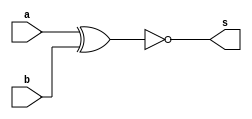
// ------------------------- 
// Exemplo0022  FULL ADDER
// Nome: Felipe Ferreira Andrade do Carmo
// ------------------------- 

// -------------------------
//  Igualdade
// ------------------------- 
module Igualdade (output s, input a, input b);

xnor(s,a,b);

endmodule // igualdade
 
module teste_Igualdade;
// ------------------------- definir dados 
      reg [5:0] x; 
      reg [5:0] y;
      wire igualdadeFinal;

      
      Igualdade i1 (igualdade1,x[0],y[0]);
      Igualdade i2 (igualdade2,x[1],y[1]);
      Igualdade i3 (igualdade3,x[2],y[2]);
      Igualdade i4 (igualdade4,x[3],y[3]);
      Igualdade i5 (igualdade5,x[4],y[4]);
      Igualdade i6 (igualdade6,x[5],y[5]);

      and (igualdadeFinal,igualdade1,igualdade2,igualdade3,igualdade4,igualdade5,igualdade6);

// ------------------------- parte principal 
 initial begin 
      $display("Exemplo0022 - Felipe Ferreira Andrade do Carmo- 427402");
      $display("Test ALUs full adder"); 

x = 6'b000111;  y = 6'b000101;
#1
$display("%6b e %6b =  igualdade %1b",x,y,igualdadeFinal);
#1
x = 6'b010011;  y = 6'b010101;
$display("%6b e %6b =  igualdade %1b",x,y,igualdadeFinal);
#1
x = 6'b000001;  y = 6'b000001;
$display("%6b e %6b = igualdade %1b",x,y,igualdadeFinal);

 end 
 
endmodule // test_fullAdder